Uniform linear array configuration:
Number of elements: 48
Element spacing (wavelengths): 0.5
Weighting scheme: cosine
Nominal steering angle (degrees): -60
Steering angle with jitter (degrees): -60.75
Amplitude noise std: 0.05
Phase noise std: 0.05

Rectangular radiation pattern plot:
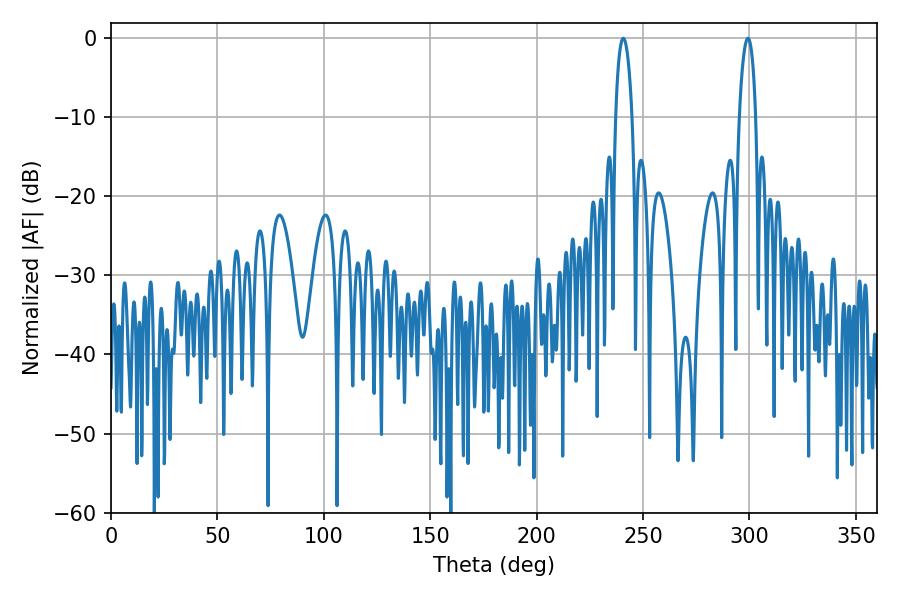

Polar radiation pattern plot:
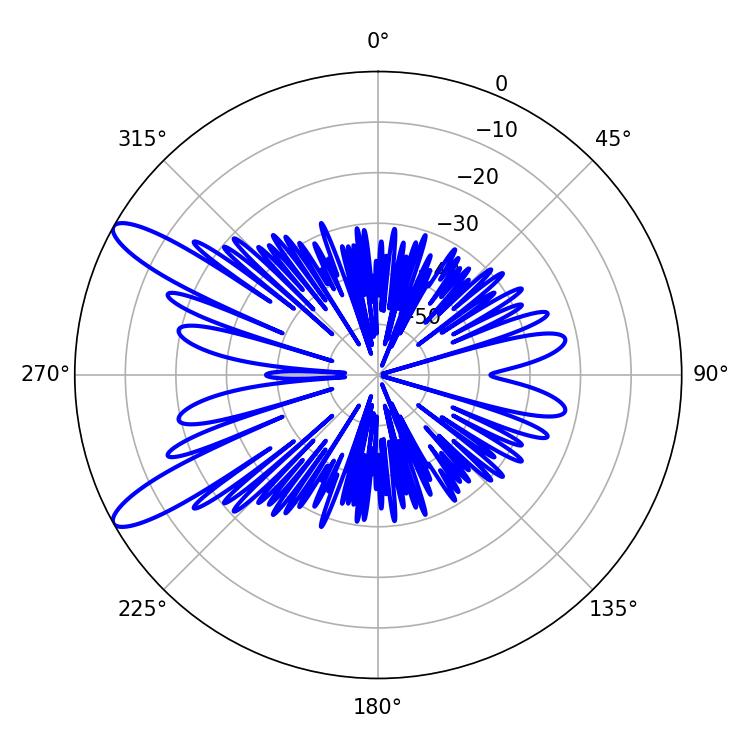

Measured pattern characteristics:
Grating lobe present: FALSE
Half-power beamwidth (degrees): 4.32
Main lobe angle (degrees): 240.66